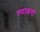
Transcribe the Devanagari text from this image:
त्याकगी